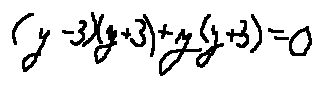
( y - 3 ) ( y + 3 ) + y ( y + 3 ) = 0